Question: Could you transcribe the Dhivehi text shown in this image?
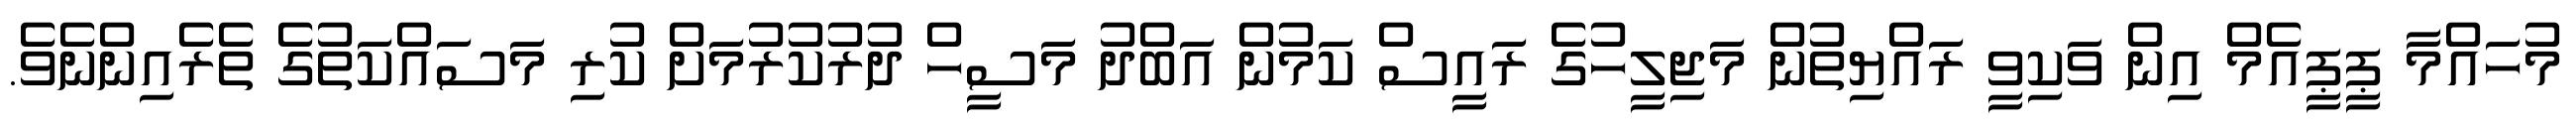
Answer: މުހައްމާ ޕީޕީއެމް އިން ވަކިވީ ރައްޔިތުން މަޖިލީހުގެ ރައީސް ކަމުން އަބްދު މަސީހް ދުރުކުރުމަށް ކުރި މަސައްކަތުގެ ތެރެއިންނެވެ.